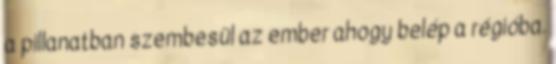
a pillanatban szembesül az ember ahogy belép a régióba.